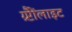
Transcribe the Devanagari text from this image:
ग्र्प्टैैोंलाइट